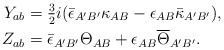
\begin{align*}Y_{ab}={}&\tfrac{3}{2}i (\bar\epsilon_{A'B'} \kappa_{AB} - \epsilon_{AB} \bar{\kappa}_{A'B'}) ,\\Z_{ab}={}&\bar\epsilon_{A'B'} \Theta_{AB} + \epsilon_{AB} \overline{\Theta}_{A'B'} .\end{align*}